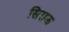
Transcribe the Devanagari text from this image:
सिराऊ